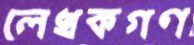
লেখকগণ